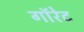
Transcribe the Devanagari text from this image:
गॉरेट